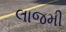
લાજમી